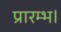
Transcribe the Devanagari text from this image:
प्रारम्‍भ।